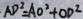
A D ^ { 2 } = A O ^ { 2 } + O D ^ { 2 }